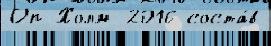
Оп Холм 2016 соста́в